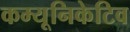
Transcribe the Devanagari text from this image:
कम्यूनिकेटिव